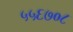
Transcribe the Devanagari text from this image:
५५६७०८